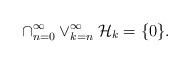
LaTeX: \begin{align*} \cap_{n=0}^\infty \vee_{k=n}^\infty\mathcal H_k=\{0\}.\end{align*}